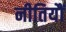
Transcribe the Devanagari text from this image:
नीतियौं